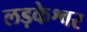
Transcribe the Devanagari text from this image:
लड़केश्वर